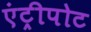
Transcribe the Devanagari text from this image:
एंट्रीपोट